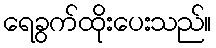
ရေခွက်ထိုးပေးသည်။